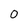
Character: 0